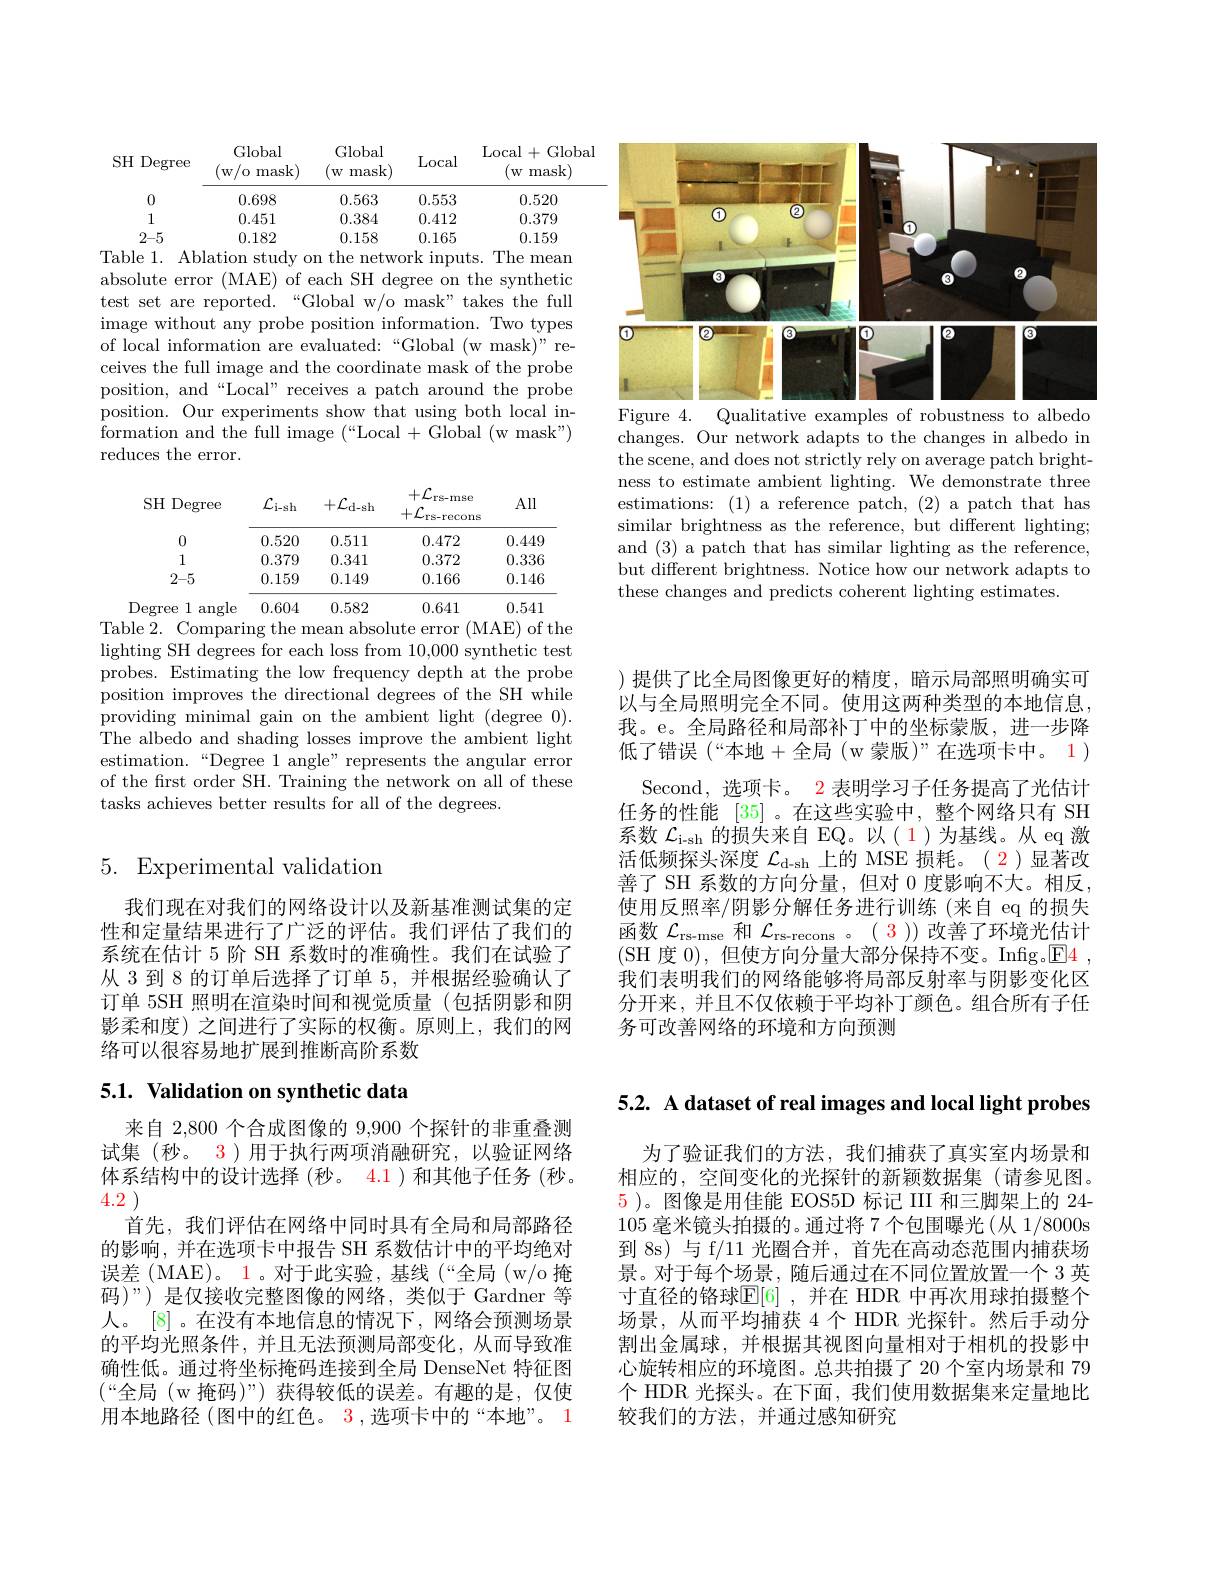
<FigureHere>
Figure 4. Qualitative examples of robustness to albedo

changes. Our network adapts to the changes in albedo in the scene, and does not strictly rely on average patch brightness to estimate ambient lighting. We demonstrate three estimations: (1) a reference patch, (2) a patch that has similar brightness as the reference, but different lighting; and (3) a patch that has similar lighting as the reference, but different brightness. Notice how our network adapts to these changes and predicts coherent lighting estimates.

Global

Global

Local+Global

SH Degree

Local

(w/o mask)

(w mask)

(w mask)

0.563

0.520

0

0.698

0.553

1

0.451

0.384

0.412

0.379

2-5
0.182
0.158
0.165
0.159
Table 1. Ablation study on the network inputs. The meam absolute error (MAE) of each SH degree on the synthetic test set are reported.“Global w/o mask" takes the full image without any probe position information. Two types of local information are evaluated:“Global (w mask)" receives the full image and the coordinate mask of the probe position, and“Local” receives a patch around the probe position. Our experiments show that using both local information and the full image (“Local + Global (w mask") reduces the error.

<table>
	<tbody>
		<tr>
			<th>SH Degree</th>
			<th>$\mathcal{L}_{\mathrm{i-sh}}$</th>
			<th>$+{\mathcal L}_{\mathrm{d-sh}}$</th>
			<th>$+\mathcal{L}$ $rs-mse$ $+{\mathcal L}_{\mathrm{rs-recons}}$</th>
			<th>All</th>
		</tr>
		<tr>
			<td>0</td>
			<td>0.520</td>
			<td>0.511</td>
			<td>0.472</td>
			<td>0.449</td>
		</tr>
		<tr>
			<td>1</td>
			<td>0.379</td>
			<td>0.341</td>
			<td>0.372</td>
			<td>0.336</td>
		</tr>
		<tr>
			<td>$2–5$</td>
			<td>0.159</td>
			<td>0.149</td>
			<td>0.166</td>
			<td>0.146</td>
		</tr>
		<tr>
			<td>Degree 1 angle</td>
			<td>0.604</td>
			<td>0.582</td>
			<td>0.641</td>
			<td>0.541</td>
		</tr>
	</tbody>
</table>
Table 2. Comparing the mean absolute error (MAE) of the

lighting SH degrees for each loss from 10,000 synthetic test probes. Estimating the low frequency depth at the probe position improves the directional degrees of the SH while providing minimal gain on the ambient light (degree 0). The albedo and shading losses improve the ambient light estimation.“Degree 1 angle”represents the angular error of the frst order SH. Training the network on all of these tasks achieves better results for all of the degrees.

# 5. Experimental validation

我们现在对我们的网络设计以及新基准测试集的定性和定量结果进行了广泛的评估。我们评估了我们的系统在估计 5 阶 SH 系数时的准确性。我们在试验了从 3 到 8 的订单后选择了订单 5, 并根据经验确认了订单 5SH 照明在渲染时间和视觉质量 (包括阴影和阴影柔和度)之间进行了实际的权衡。原则上，我们的网络可以很容易地扩展到推断高阶系数

# 5.1. Validation on synthetic data

来自 2,800 个合成图像的 9,900 个探针的非重叠测试集 (秒。3)用于执行两项消融研究，以验证网络体系结构中的设计选择 (秒。4.1)和其他子任务 (秒。4.2 )
首先，我们评估在网络中同时具有全局和局部路径的影响，并在选项卡中报告 SH 系数估计中的平均绝对误差(MAE)。1。对于此实验，基线(“全局(w/o 掩码)”) 是仅接收完整图像的网络，类似于 Gardner 等人。[8] 。在没有本地信息的情况下，网络会预测场景的平均光照条件，并且无法预测局部变化，从而导致准确性低。通过将坐标掩码连接到全局 DenseNet 特征图$(“$全局 (w 掩码)”) 获得较低的误差。有趣的是，仅使用本地路径 (图中的红色。3 ,选项卡中的“本地”。1

)提供了比全局图像更好的精度，暗示局部照明确实可以与全局照明完全不同。使用这两种类型的本地信息我。e。全局路径和局部补丁中的坐标蒙版，进一步降低了错误 (“本地+全局 (w 蒙版)”在选项卡中。1 )
Second,选项卡。2 表明学习子任务提高了光估计任务的性能[35] 。在这些实验中，整个网络只有 SH 系数$\mathcal{L}_\mathrm{i-sh}$的损失来自 EQ。以(1)为基线。从 eq 激活低频探头深度$\mathcal{L}_\mathrm{d-sh}$上的 MSE 损耗。( 2)显著改善了 SH 系数的方向分量，但对0度影响不大。相反， 使用反照率/阴影分解任务进行训练(来自 eq 的损失函数$\mathcal{L}_\mathrm{rs-mse}$和$\mathcal{L}_\mathrm{rs-recons}$ 。( 3)) 改善了环境光估计(SH 度 0), 但使方向分量大部分保持不变。Infig。$\color{red}{\boxed{\mathrm{E}}}\color{blue}{4}$ 我们表明我们的网络能够将局部反射率与阴影变化区分开来，并且不仅依赖于平均补丁颜色。组合所有子任务可改善网络的环境和方向预测

5.2. A dataset of real images and local light probes

为了验证我们的方法，我们捕获了真实室内场景和相应的，空间变化的光探针的新颖数据集(请参见图。5 )。图像是用佳能 EOS5D 标记 III 和三脚架上的 24- 105毫米镜头拍摄的。通过将 7 个包围曝光(从 1/8000s 到 8s) 与 f/11 光圈合并，首先在高动态范围内捕获场景。对于每个场景，随后通过在不同位置放置一个 3 英寸直径的铬球$\mathbb{E}[6]$ ,并在 HDR 中再次用球拍摄整个场景，从而平均捕获 4 个 HDR 光探针。然后手动分割出金属球，并根据其视图向量相对于相机的投影中心旋转相应的环境图。总共拍摄了 20 个室内场景和 79个 HDR 光探头。在下面，我们使用数据集来定量地比较我们的方法，并通过感知研究